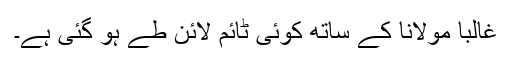
غالبا ًمولانا کے ساتھ کوئی ٹائم لائن طے ہو گئی ہے۔